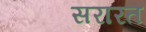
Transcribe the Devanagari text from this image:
सरारत